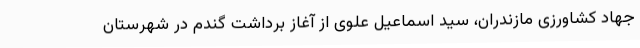
جهاد کشاورزی مازندران، سید اسماعیل علوی از آغاز برداشت گندم در شهرستان